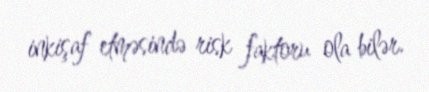
inkişaf etməsində risk faktoru ola bilər.